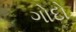
ગોદો